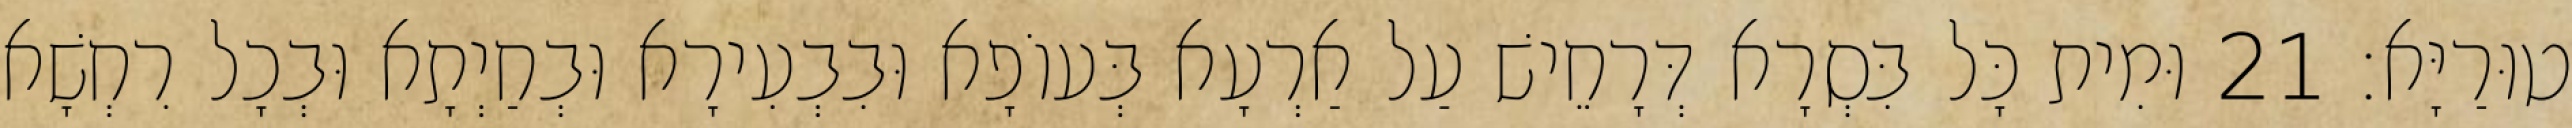
טוּרַיָּא׃ 21 וּמִית כָּל בִּסְרָא דְּרָחֵישׁ עַל אַרְעָא בְּעוֹפָא וּבִבְעִירָא וּבְחַיְתָא וּבְכָל רִחְשָׁא